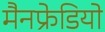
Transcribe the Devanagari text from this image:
मैनफ्रेडियो